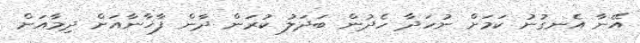
އޭނާ އެނގުނު ކަމަށް ނުހަދާ ހެދުން ބަދަލު ކުރަން ދާން ފާޚާނާއަށް ދިމާއަށް